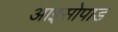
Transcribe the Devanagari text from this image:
आइसोपाड